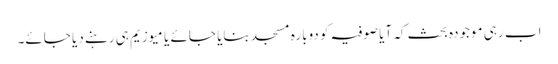
اب رہی موجودہ بحث کہ آیا صوفیہ کو دوبارہ مسجد بنایا جائے یا میوزیم ہی رہنے دیا جائے۔